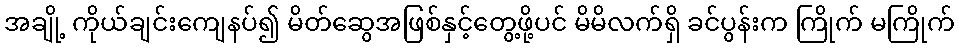
အချို့ ကိုယ်ချင်းကျေနပ်၍ မိတ်ဆွေအဖြစ်နှင့်တွေ့ဖို့ပင် မိမိလက်ရှိ ခင်ပွန်းက ကြိုက် မကြိုက်